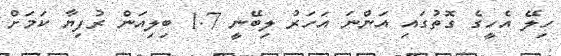
ހިލޭ އެހީގެ ގޮތުގައި އަންނަ އަހަރު ލިބޭނީ 1.7 ބިލިއަން ރުފިޔާ ކަމަށް